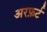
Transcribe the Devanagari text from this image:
अरफ़र्ट